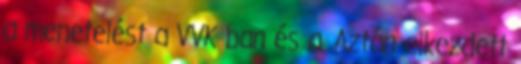
a menetelést a VVK ban és a. Aztán elkezdett